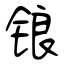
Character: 锒